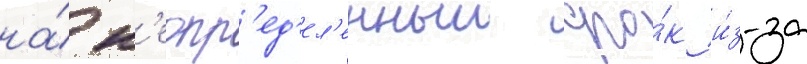
на́ н'еопр'ед'ел'енныи сро́к и́з-за